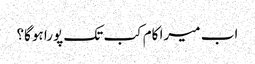
اب میرا کام کب تک پورا ہوگا؟